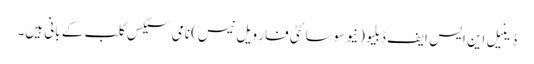
ڈینیل این ایس ایف ڈبلیو (نیو سوسائٹی فار ویل نیس) نامی سیکس کلب کے بانی ہیں۔